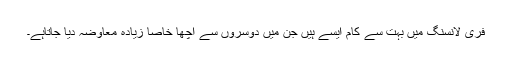
فری لانسنگ میں بہت سے کام ایسے ہیں جن میں دوسروں سے اچھا خاصا زیادہ معاوضہ دیا جاتاہے۔